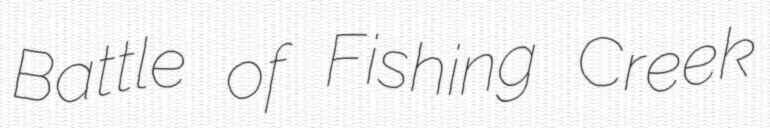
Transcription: Battle of Fishing Creek